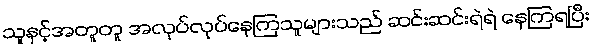
သူနှင့်အတူတူ အလုပ်လုပ်နေကြသူများသည် ဆင်းဆင်းရဲရဲ နေကြရပြီး